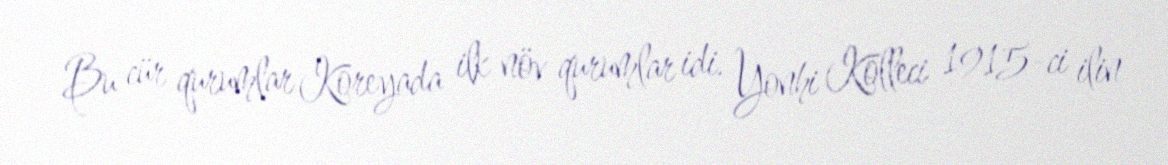
Bu cür qurumlar Koreyada ilk növ qurumlar idi. Yonhi Kolleci 1915-ci ilin